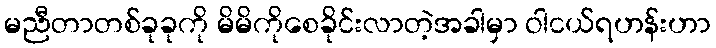
မညီတာတစ်ခုခုကို မိမိကိုစေခိုင်းလာတဲ့အခါမှာ ဝါငယ်ရဟန်းဟာ